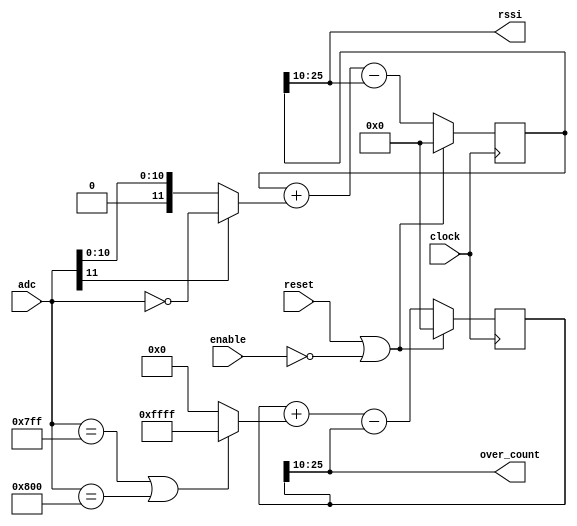


module rssi (input clock, input reset, input enable,
	     input [11:0] adc, output [15:0] rssi, output [15:0] over_count);

   wire 		  over_hi = (adc == 12'h7FF);
   wire 		  over_lo = (adc == 12'h800);
   wire 		  over = over_hi | over_lo;

   reg [25:0] 		  over_count_int;
   always @(posedge clock)
     if(reset | ~enable)
       over_count_int <= #1 26'd0;
     else
       over_count_int <= #1 over_count_int + (over ? 26'd65535 : 26'd0) - over_count_int[25:10];
   
   assign      over_count = over_count_int[25:10];
   
   wire [11:0] abs_adc = adc[11] ? ~adc : adc;

   reg [25:0]  rssi_int;
   always @(posedge clock)
     if(reset | ~enable)
       rssi_int <= #1 26'd0;
     else
       rssi_int <= #1 rssi_int + abs_adc - rssi_int[25:10];

   assign      rssi = rssi_int[25:10];
   
endmodule // rssi